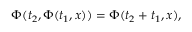
\Phi ( t _ { 2 } , \Phi ( t _ { 1 } , x ) ) = \Phi ( t _ { 2 } + t _ { 1 } , x ) ,